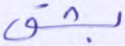
بشق